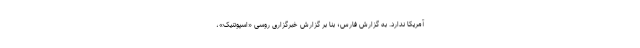
آمریکا ندارد. به گزارش فارس؛ بنا بر گزارش خبرگزاری روسی «اسپوتنیک»،